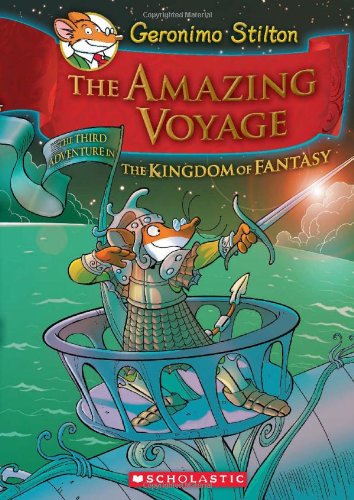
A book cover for Geronimo Stilton and the Kingdom of Fantasy #3: The Amazing Voyage; Geronimo Stilton; Children's Books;